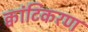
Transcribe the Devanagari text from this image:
क्वांटिकरण